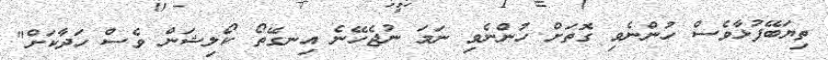
ތިޔަބޭފުޅާވެސް ހުންނެވި ގޮތަށް ހުންނެވި ނަމަ ނުޖެހޭނެ އިނގޭތޯ ކޯލިޝަން ވެސް ހަދާކަށް"